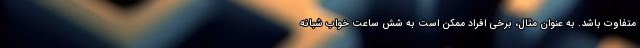
متفاوت باشد. به عنوان مثال، برخی افراد ممکن است به شش ساعت خواب شبانه